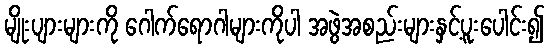
မျိုးပျားများကို ဂေါက်ရောဂါများကိုပါ အဖွဲအစည်းများနှင့်ပူးပေါင်း၍